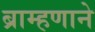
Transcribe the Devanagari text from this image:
ब्राम्हणाने